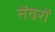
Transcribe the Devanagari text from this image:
तेंवरों